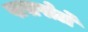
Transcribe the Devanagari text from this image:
पासपोर्टों